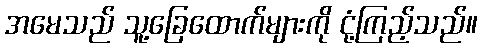
အမေသည် သူ့ခြေထောက်များကို ငုံ့ကြည့်သည်။